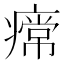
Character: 𤹰